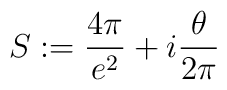
S := \frac{4\pi}{e^2} + i \frac{\theta}{2\pi}